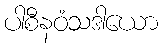
ပါစီနဝံသဒါယော